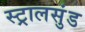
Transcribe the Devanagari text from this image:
स्ट्रालसुंड